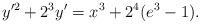
LaTeX: \begin{align*}y'^2+2^3y'=x^3+2^4(e^3-1).\end{align*}